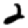
Digit: 2